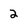
Character: 2